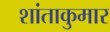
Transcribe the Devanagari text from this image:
शांताकुमार